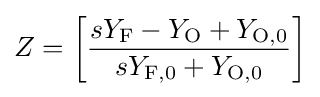
Z=\left[{\frac {sY_{\mathrm {F} }-Y_{\mathrm {O} }+Y_{\mathrm {O,0} }}{sY_{\mathrm {F,0} }+Y_{\mathrm {O,0} }}}\right]